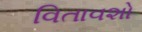
વિતાવશો